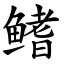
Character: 鳍